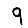
Digit: 9